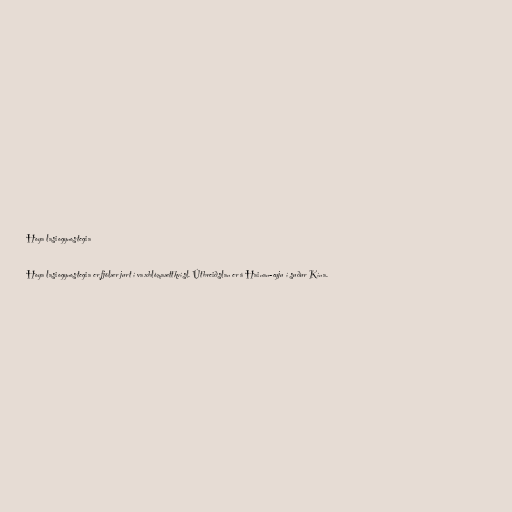
Hoya lasiogynostegia

Hoya lasiogynostegia er fjölær jurt í vaxblómaættkvísl. Útbreiðslan er á Hainan-eyju í suður Kína.